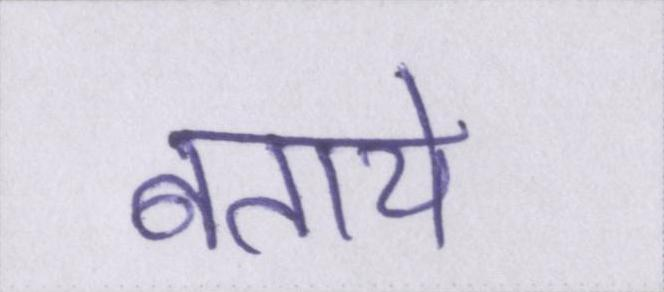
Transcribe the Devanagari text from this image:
बताये